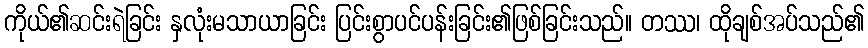
ကိုယ်၏ဆင်းရဲခြင်း နှလုံးမသာယာခြင်း ပြင်းစွာပင်ပန်းခြင်း၏ဖြစ်ခြင်းသည်။ တဿ၊ ထိုချစ်အပ်သည်၏